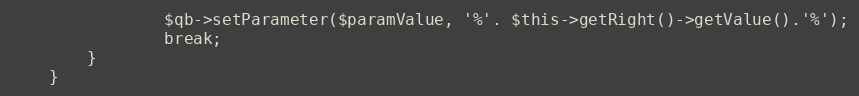
Language: PHP
                $qb->setParameter($paramValue, '%'. $this->getRight()->getValue().'%');
                break;
        }
    }